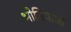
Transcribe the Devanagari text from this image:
भोमियाजी